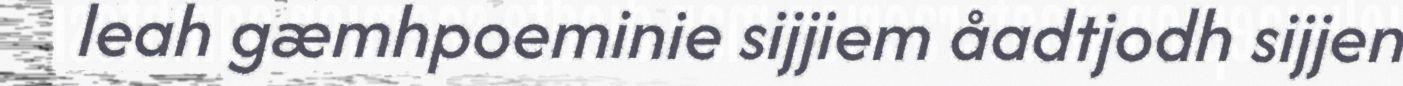
leah gæmhpoeminie sijjiem åadtjodh sijjen